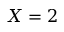
X = 2